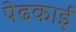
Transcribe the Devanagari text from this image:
पेढकाई